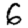
Digit: 6